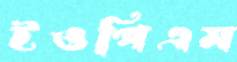
ইওপিএম